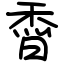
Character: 稥